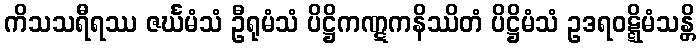
ကိသသရီရဿ ဇင်္ဃမံသံ ဦရုမံသံ ပိဋ္ဌိကဏ္ဋကနိဿိတံ ပိဋ္ဌိမံသံ ဥဒရဝဋ္ဋိမံသန္တိ